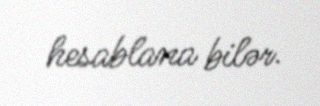
hesablana bilər.